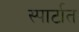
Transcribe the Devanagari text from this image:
स्पार्टात